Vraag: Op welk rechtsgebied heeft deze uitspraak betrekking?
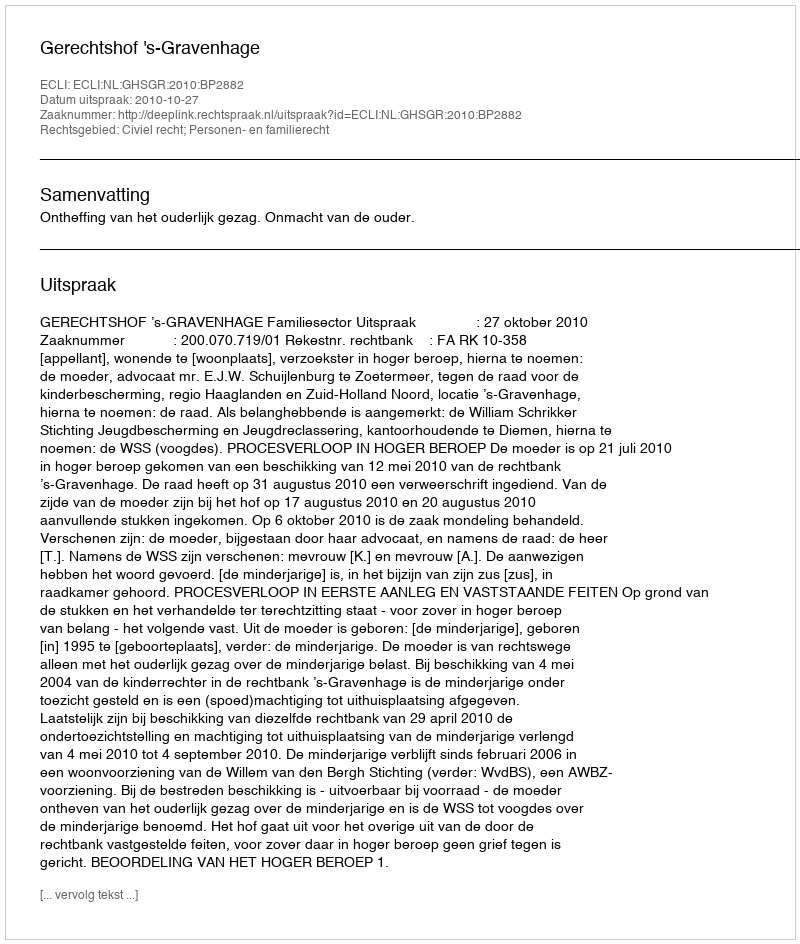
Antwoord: Civiel recht; Personen- en familierecht